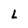
Character: L